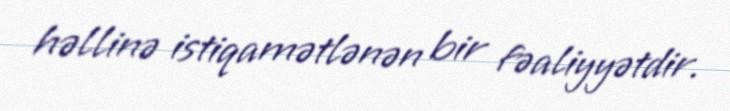
həllinə istiqamətlənən bir fəaliyyətdir.